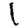
Digit: 1